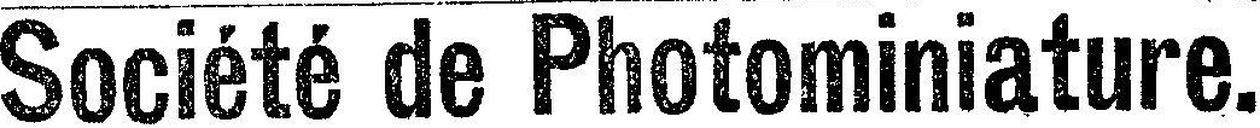
Société de Photominiature.